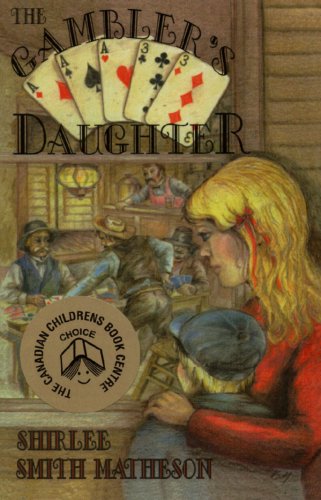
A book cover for The Gambler's Daughter; Shirlee Smith-Matheson; Teen & Young Adult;